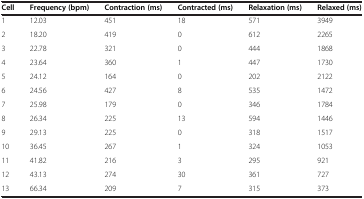
<table><thead><tr><td><b>Cell</b></td><td><b>Frequency (bpm)</b></td><td><b>Contraction (ms)</b></td><td><b>Contracted (ms)</b></td><td><b>Relaxation (ms)</b></td><td><b>Relaxed (ms)</b></td></tr></thead><tbody><tr><td>1</td><td>12.03</td><td>451</td><td>18</td><td>571</td><td>3949</td></tr><tr><td>2</td><td>18.20</td><td>419</td><td>0</td><td>612</td><td>2265</td></tr><tr><td>3</td><td>22.78</td><td>321</td><td>0</td><td>444</td><td>1868</td></tr><tr><td>4</td><td>23.64</td><td>360</td><td>1</td><td>447</td><td>1730</td></tr><tr><td>5</td><td>24.12</td><td>164</td><td>0</td><td>202</td><td>2122</td></tr><tr><td>6</td><td>24.56</td><td>427</td><td>8</td><td>535</td><td>1472</td></tr><tr><td>7</td><td>25.98</td><td>179</td><td>0</td><td>346</td><td>1784</td></tr><tr><td>8</td><td>26.34</td><td>225</td><td>13</td><td>594</td><td>1446</td></tr><tr><td>9</td><td>29.13</td><td>225</td><td>0</td><td>318</td><td>1517</td></tr><tr><td>10</td><td>36.45</td><td>267</td><td>1</td><td>324</td><td>1053</td></tr><tr><td>11</td><td>41.82</td><td>216</td><td>3</td><td>295</td><td>921</td></tr><tr><td>12</td><td>43.13</td><td>274</td><td>30</td><td>361</td><td>727</td></tr><tr><td>13</td><td>66.34</td><td>209</td><td>7</td><td>315</td><td>373</td></tr></tbody></table>